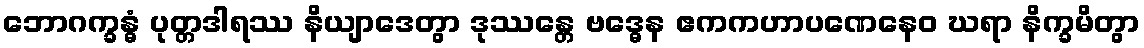
ဘောဂက္ခန္ဓံ ပုတ္တဒါရဿ နိယျာဒေတွာ ဒုဿန္တေ ဗဒ္ဓေန ဧကကဟာပဏေနေဝ ဃရာ နိက္ခမိတွာ